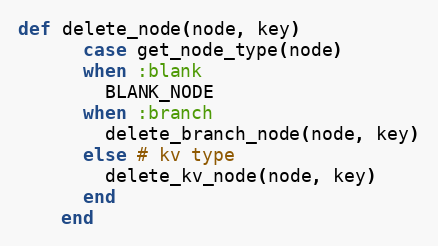
Language: Ruby
def delete_node(node, key)
      case get_node_type(node)
      when :blank
        BLANK_NODE
      when :branch
        delete_branch_node(node, key)
      else # kv type
        delete_kv_node(node, key)
      end
    end